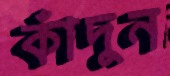
কাঁদুন